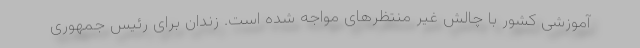
آموزشی کشور با چالش غیر منتظرهای مواجه شده است. زندان برای رئیس جمهوری